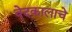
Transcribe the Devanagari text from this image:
वेदकालाचे